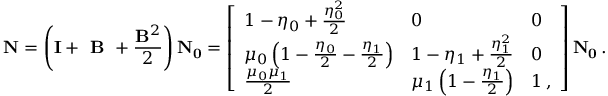
\mathbf { N } = \left( \mathbf { I } + \textbf { B } + \frac { \mathbf { B } ^ { 2 } } { 2 } \right) \mathbf { N _ { 0 } } = \left[ \begin{array} { l l l } { 1 - \eta _ { 0 } + \frac { \eta _ { 0 } ^ { 2 } } { 2 } } & { 0 } & { 0 } \\ { \mu _ { 0 } \left( 1 - \frac { \eta _ { 0 } } { 2 } - \frac { \eta _ { 1 } } { 2 } \right) } & { 1 - \eta _ { 1 } + \frac { \eta _ { 1 } ^ { 2 } } { 2 } } & { 0 } \\ { \frac { \mu _ { 0 } \mu _ { 1 } } { 2 } } & { \mu _ { 1 } \left( 1 - \frac { \eta _ { 1 } } { 2 } \right) } & { 1 \, , } \end{array} \right] \mathbf { N _ { 0 } } \, .